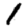
Digit: 1